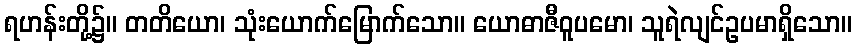
ရဟန်းတို့၌။ တတိယော၊ သုံးယောက်မြောက်သော။ ယောဓာဇီဝူပမော၊ သူရဲလျင်ဥပမာရှိသော။